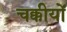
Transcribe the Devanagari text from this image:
चक्कीयों